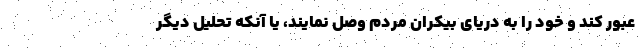
عبور کند و خود را به دریای بیکران مردم وصل نمایند، یا آنکه تحلیل دیگر